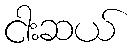
ငါးဆယ်